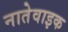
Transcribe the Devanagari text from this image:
नातेवाइक